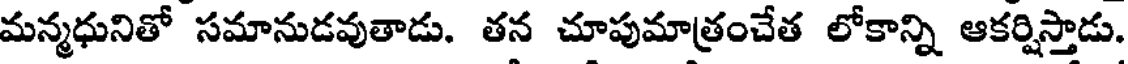
మన్మధునితో సమానుడవుతాడు. తన చూపుమాత్రంచేత లోకాన్ని ఆకర్షిస్తాడు.